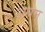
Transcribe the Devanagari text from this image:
अघम्